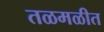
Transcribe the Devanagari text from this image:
तळमळीत